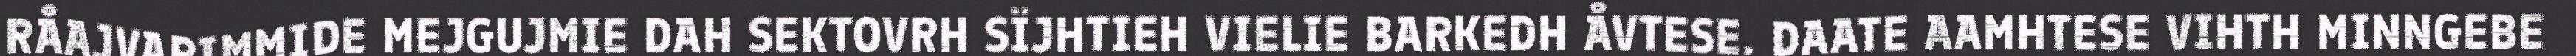
RÅAJVARIMMIDE MEJGUJMIE DAH SEKTOVRH SÏJHTIEH VIELIE BARKEDH ÅVTESE. DAATE AAMHTESE VIHTH MINNGEBE